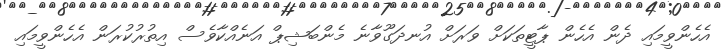
އެހެންވީމައި ދެން އެހެން ޕާޓީތަކަށް ވަރަށް އުނދަގޫވާނެ މެންބަޝިޕް އަނެއްކާވެސް އިތުރުކުރަން އެހެންވީމައި